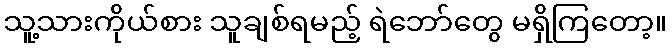
သူ့သားကိုယ်စား သူချစ်ရမည့် ရဲဘော်တွေ မရှိကြတော့။